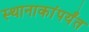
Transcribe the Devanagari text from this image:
स्थानाकांपर्यंत